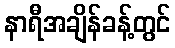
နာရီအချိန်ခန့်တွင်